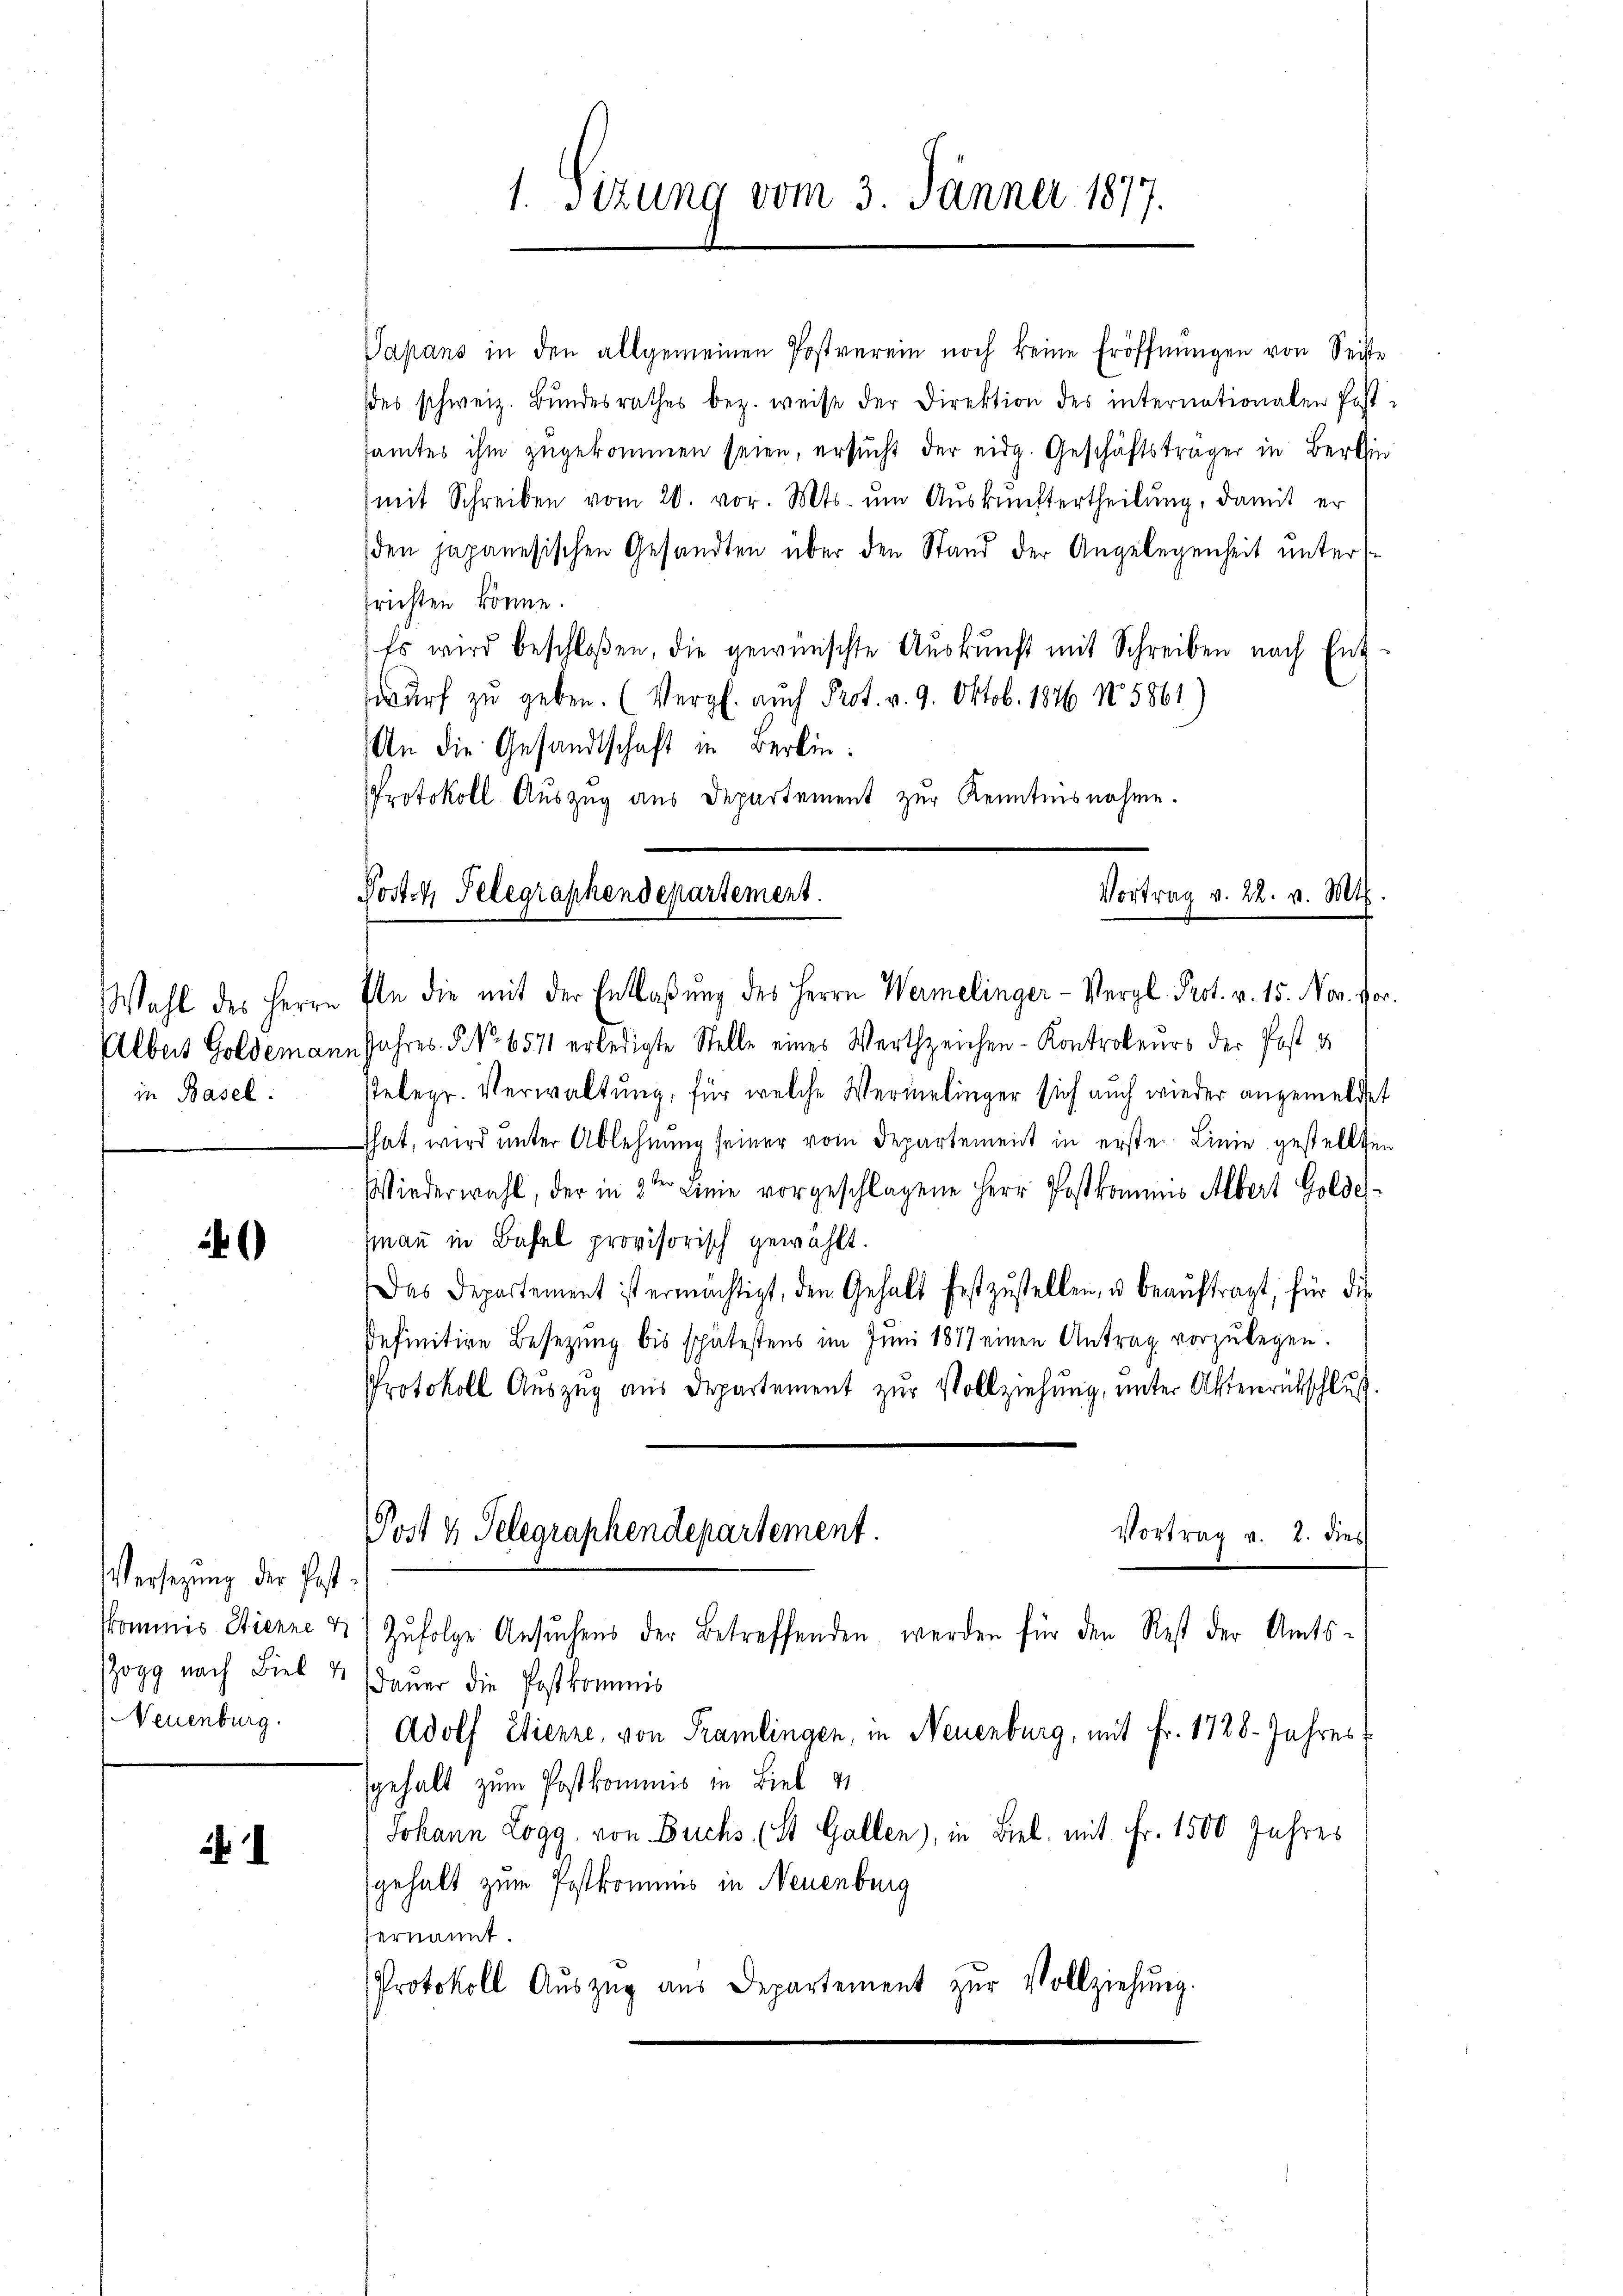
in Basel.

.

Versezung der Post¬
Neuenburg.

2

1. Sizung vom 3. Jänner 1877.

Vapans in den allgemeinen Postverein noch keine Eröffnŭngen von Seite
(es schweiz. Bŭndesrathes bez. weise der Direktion des internationalen Post-
samtes ihm zŭgekommen seien, ersŭcht der eidg. Geschäftsträger in Berlin
(mit Schreiben vom 20. vor. Mts. ŭm Aŭskŭnftertheilŭng, damit er
den japanesischen Gesandten über den Stand der Angelegenheit untersfrichten könne.
Es wird beschloßen, die gewünschte Auskunft mit Schreiben nach Entwurf zu geben. (Vergl. auch Prot. v. 9. Oktob. 1846 N5861)
An die Gesandtschaft in Berlin.
Protokoll Auszug aus Departement zur Kenntnisnahme.

Vortrag v. 22. v. Mts.
Post 4 Telegraphendepartement.

Wahl des Herrn In die mit der Entlaßung des Herrn Wermelinger-Vergl. Prot. v. 15. Nov. vor
Albert Goldemann Jahres 5. No. 6571 erledigte Stelle eines Werth zeichen-Kontroleurs der Post u
Ptelegr. Verwaltung, für welche Wermelinger sich auch wieder angemeldet
That, wird unter Ablehnŭng seiner vom Departement in ersten Linie gestellten
Wiederwahl, der in 2ter Linie vorgeschlagene Herr Postkommis Albert Golder-
hmann in Basel provisorisch gewählt.
Das Departement ist ermächtigt, den Gehalt festzŭstellen, u beaŭftragt, für die
sefinitive Besetzung bis spätestens im Juni 1877 einen Antrag vorzŭlegen.
Protokoll Auszug aus Departement zur Vollziehung, unter Aktenrütschluß.
Post 4 Telegraphendepartement.
Vortrag v. 2. dies
kkommis Wienne & Zufolge Ansuchens der Betreffenden, werden für den Rest der Amtsogg nach Biel 1 (daŭer die Postkommis
Adolf Etienne, von Tramlingen, in Neuenburg, mit Fr. 1728. Jahres
gehalt zum Postkommis in Biel
Johann Logg, von Buchs, (St. Gallen), in Biel, mit Fr. 1500 Jahres
gehalt zum Postkommnis in Neuenburg
ernannt.
Protokoll Aŭszŭg ans Departement zŭr Vollziehŭng.